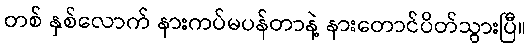
တစ် နှစ်လောက် နားကပ်မပန်တာနဲ့ နားတောင်ပိတ်သွားပြီ။